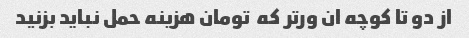
از دو تا کوچه ان ور‌تر که  تومان هزینه حمل نباید بزنید